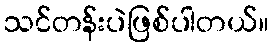
သင်တန်းပဲဖြစ်ပါတယ်။